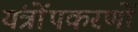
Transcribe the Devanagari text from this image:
यंत्रोंपकरणों